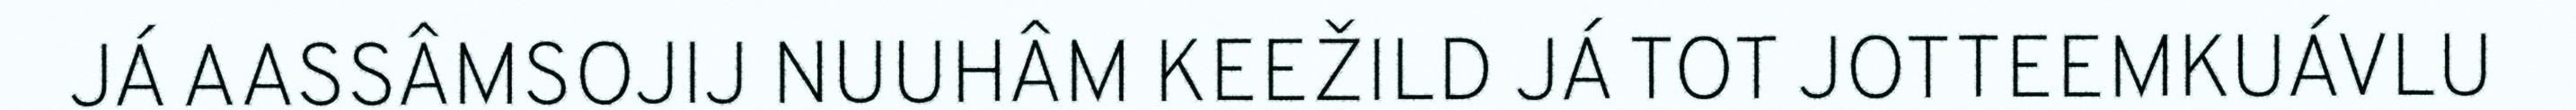
JÁ AASSÂMSOJIJ NUUHÂM KEEŽILD JÁ TOT JOTTEEMKUÁVLU